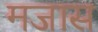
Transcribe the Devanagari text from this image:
मजास